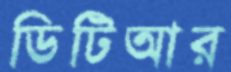
ডিটিআর